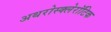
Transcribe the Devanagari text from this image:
अथरोस्क्लेरॉटिक